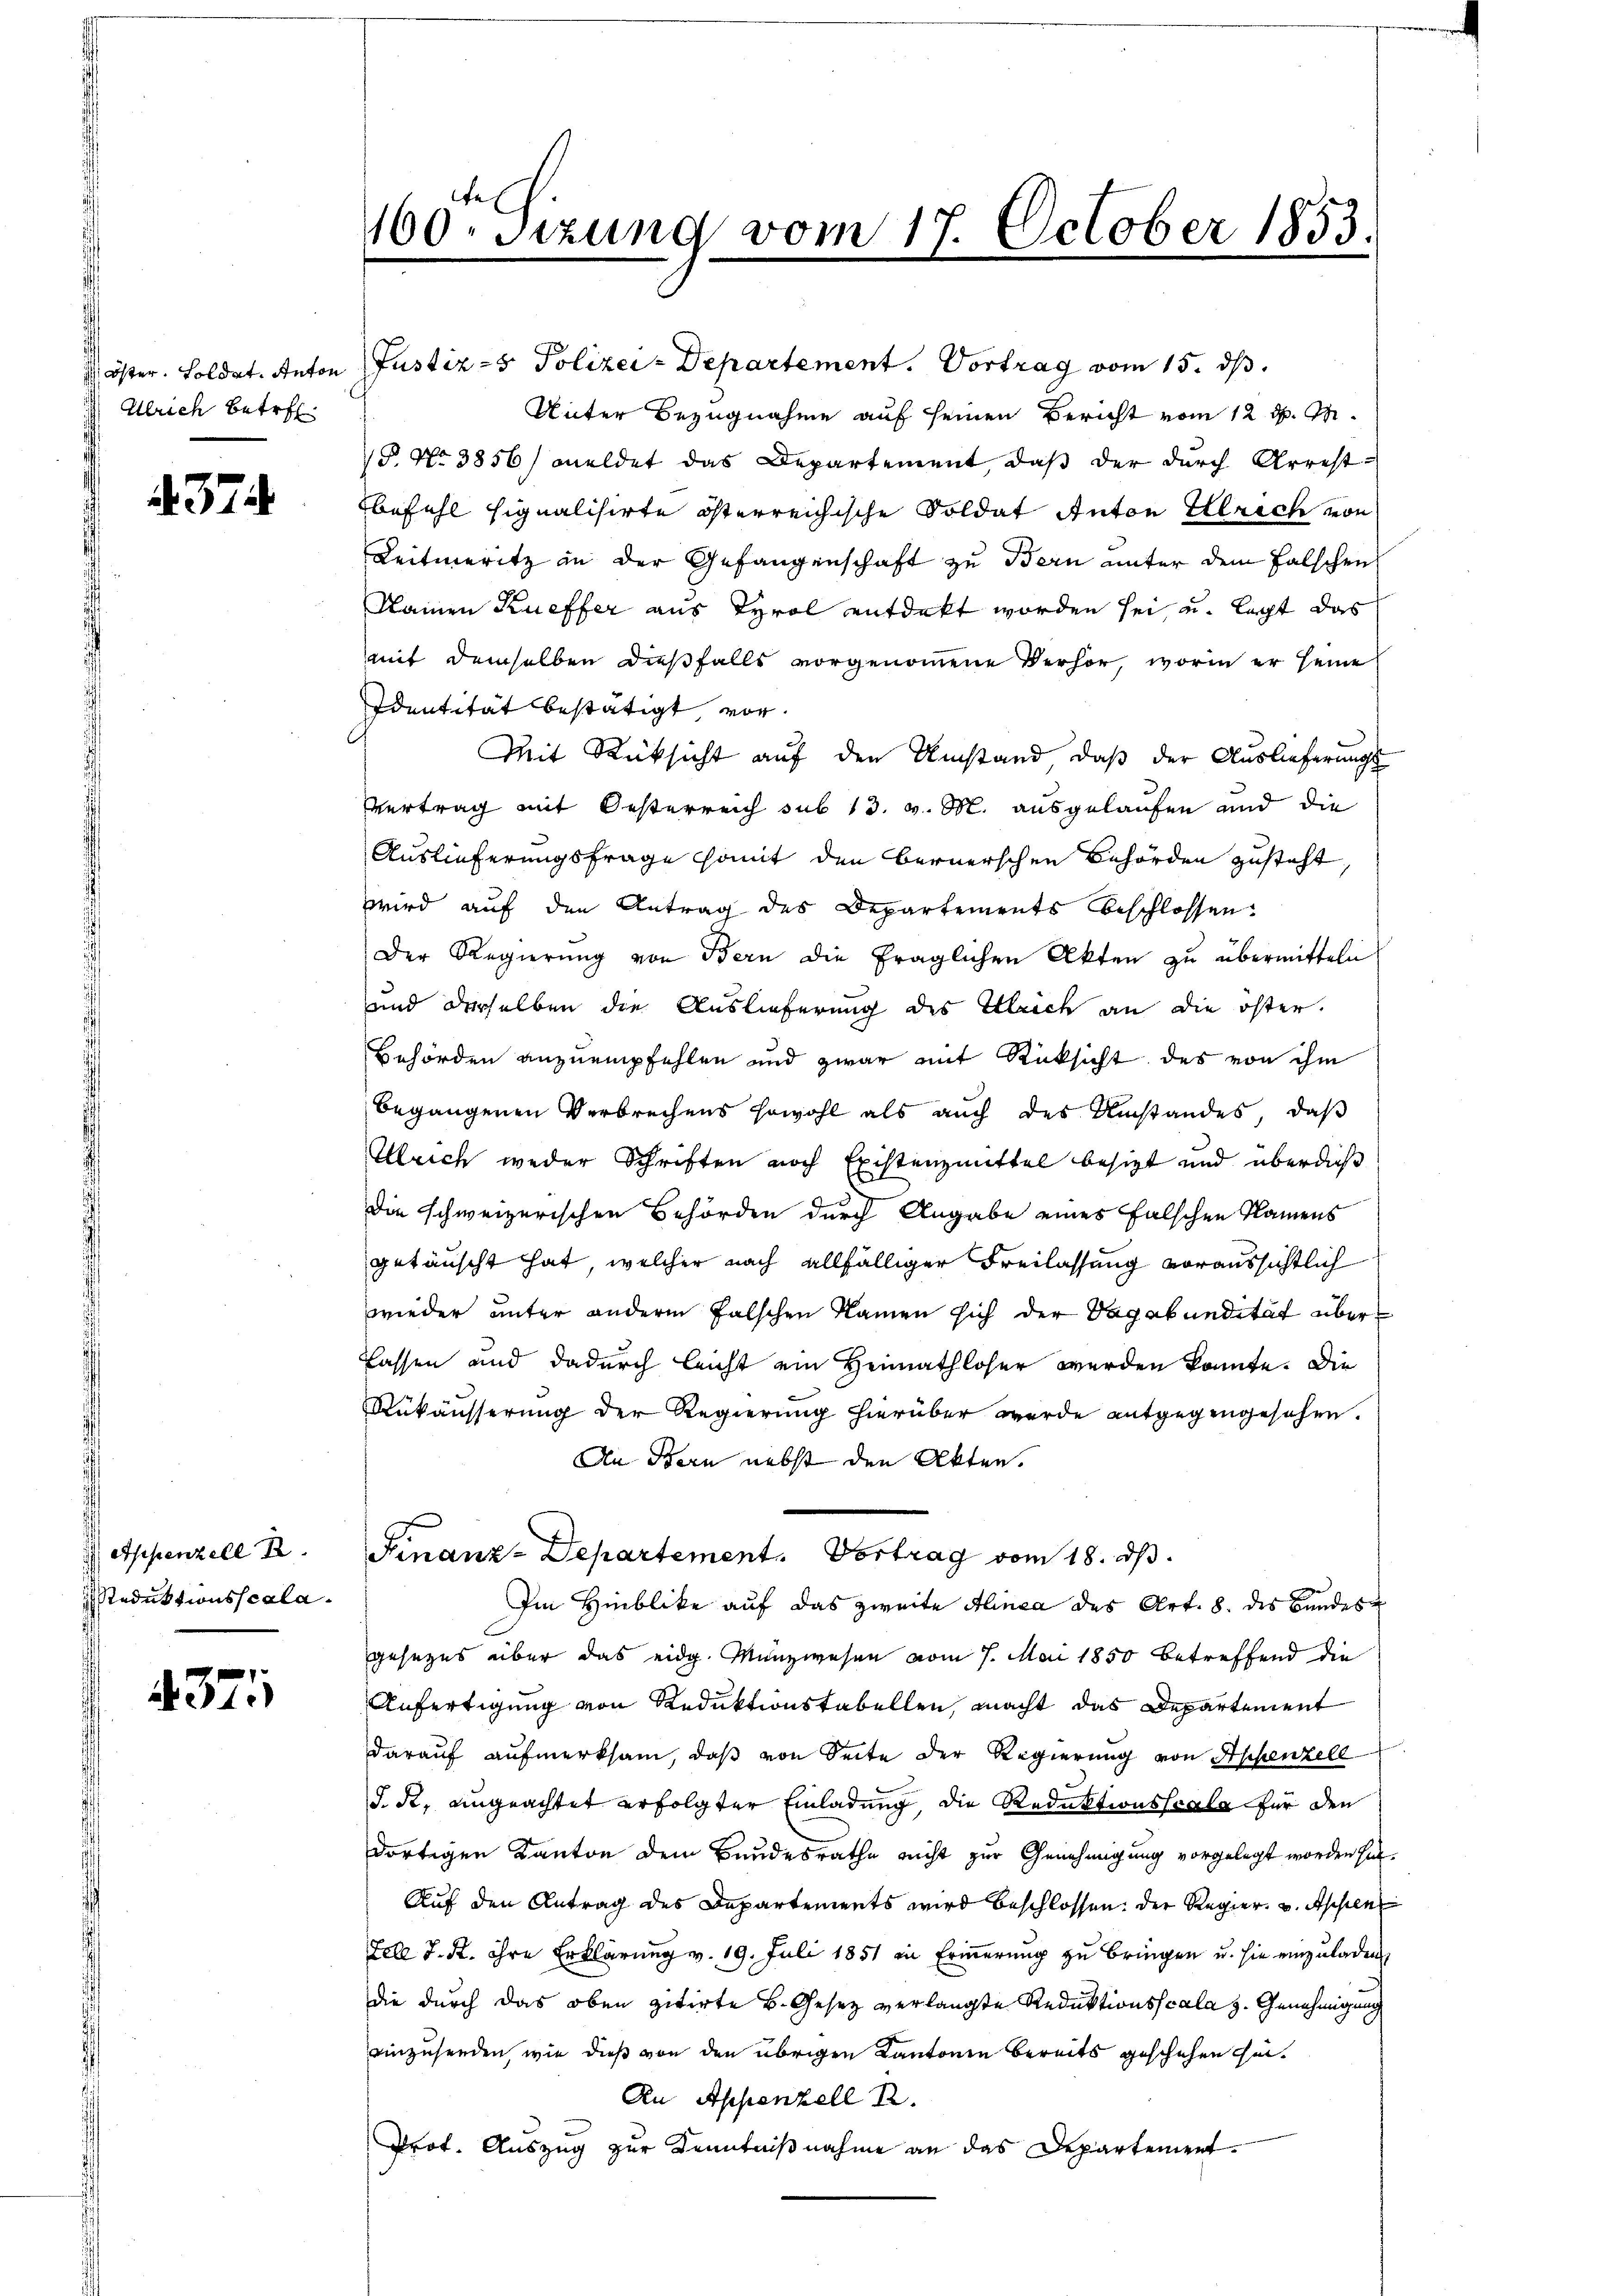
Ulrich betre

374

essenzell R
Reduktionsscala.

437

160r Sizung vom 17. October 1853.

Unter Bezugnahme auf seinen Bericht vom 12. d. M.
§. No 3856) meldet das Departement, daß der durch Arrest-
befehl signalisirte österreichische Soldat Anton Illrich von
Leitmeritz in der Gefangenschaft zu Bern unter dem Falschrich
klainen Kueffer aus Tyrol entdeckt worden sei, u. lacht das
mit demselben dießfalls vorgenommene Verhör, worin er seine
Identität bestätigt vor¬
Mit Rücksicht auf den Umstand, daß der Auslieferungs
Vertrag mit Oesterreich sub 13. v. M. ausgelaufen und die
Auslieferungsfrage somit den Bernerschen Behörden zusteht,
wird aŭf den Antrag des Departements beschlossen:
Der Regierung von Bern die fraglichen Akten zu übermitteln
und derselben die Auslieferung des Illeich an die öster.
Behörden anzuempfehlen und zwar mit Rüksicht des von ihm
begangenen Verbrechens sowohl als auch des Umstandes, daß
Alleich weder Schriften noch Existenzmittel besitzt und überdieß
Die schweizerischen Behörden durch Angabe eines falschen Namens
getäuscht hat, welcher nach allfälliger Freilassung voraussichtlich
wieder unter andern falschen Namen sich der Vagabundität über¬
Cassen und dadurch leicht ein Heimathloser werden konnte. Die
Aukäusserung der Regierung hierüber werde entgegengesehen.
An Bern nebst den Akten.
Finanz-Departement. Vortrag vom 18. d.
Im Hinblike auf das zweite Alinea des Art. 8. des Bundes
gesezes über das eidg. Münzwesen vom 7. Mai 1850 betreffend die
Anfertigung von Reduktionstabellen, macht das Departement
darauf aufmerksam, daß von Seite der Regierung von Appenzell
J. R. ungeachtet erfolgter Einladung, die Reduktionsscala für den
dortigen Kanton dem Bundesrathe nicht zur Genehmigung vorgelegt worden sin
Auf den Antrag des Departements wird beschlossen. Der Regier. v. Appenz
Fele J. K. ihre Erklärung v. 19. Juli 1851 in Erinnerung zu bringen u. sie einzuladen,
die durch das oben zitirte B. Gesetz verlangte Reduktionsscala z. Genehmigung
einzusenden, wie dieß von den übrigen Kantonen bereits geschehen sei.
An Appenzell A.
Prot. Auszug zur Kenntnißnahme an das Departement¬

öster. Soldat. Anton Justiz- & Polizei-Departement. Vortrag vom 15. ds.